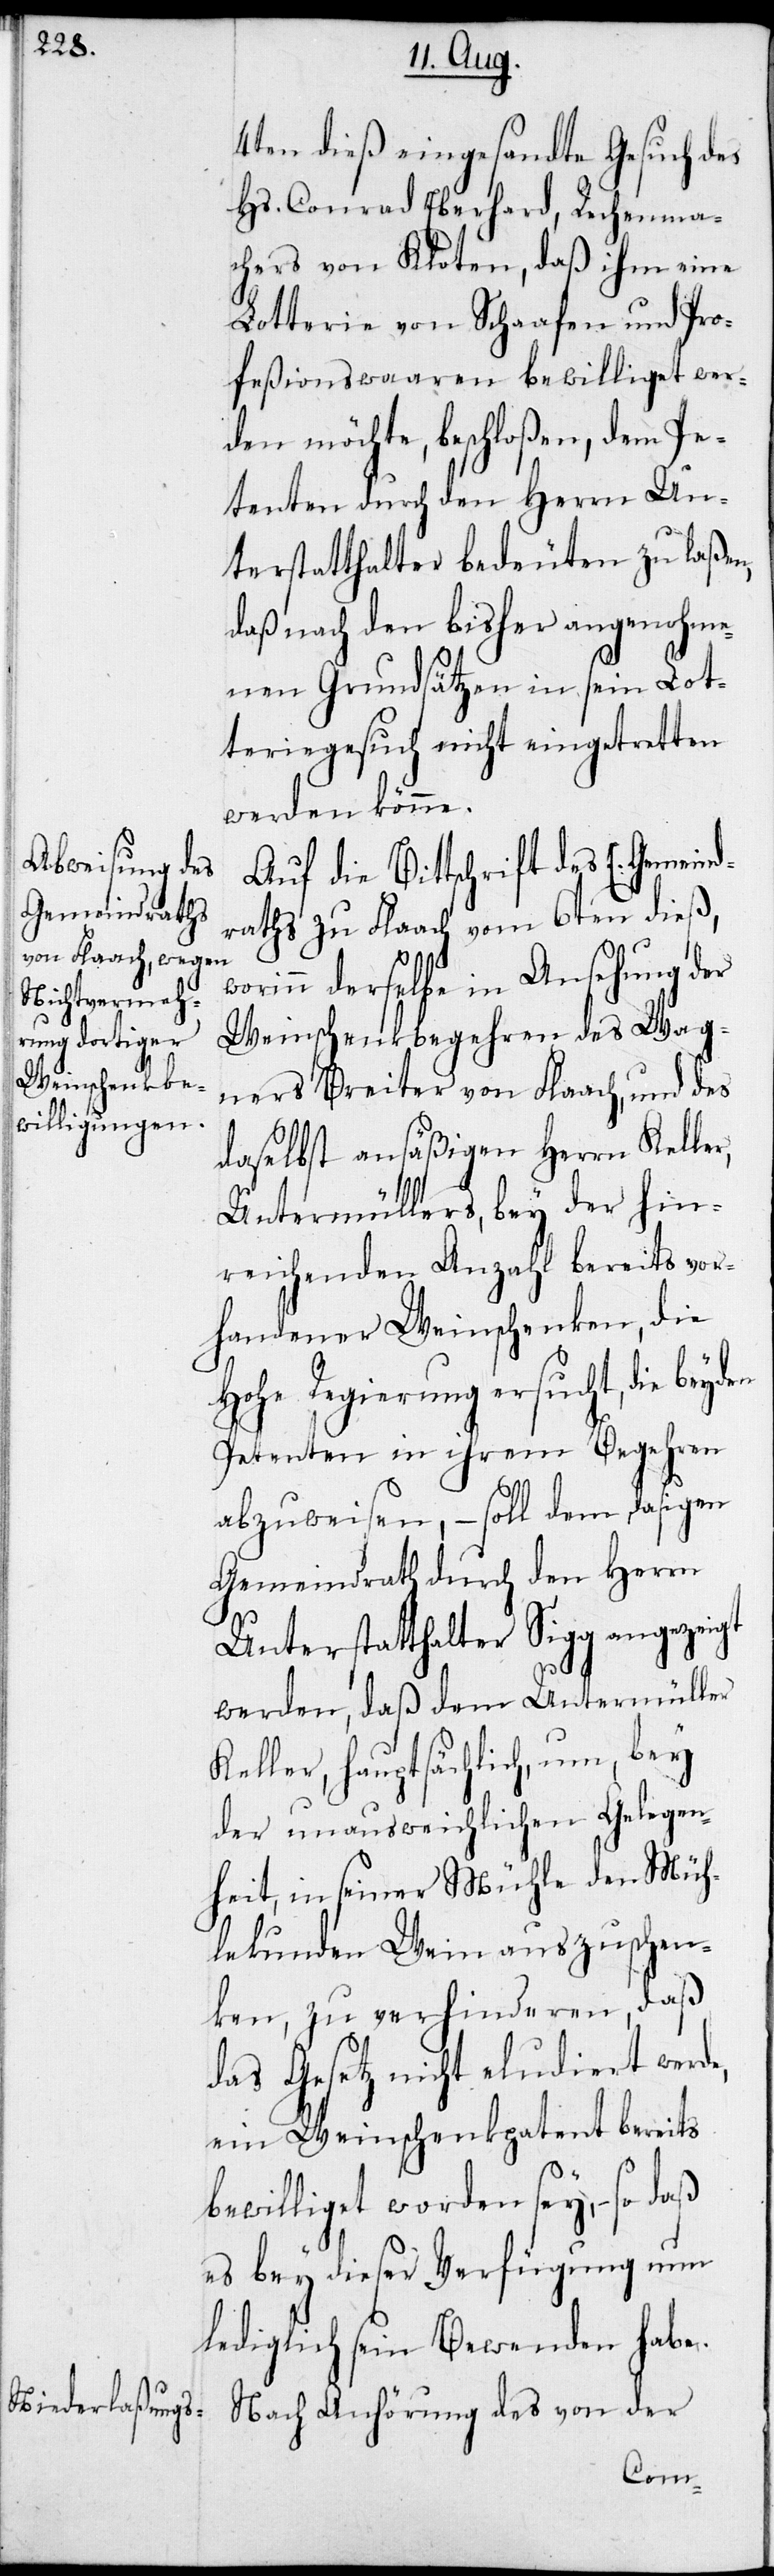
4ten dieß eingesandte Gesuch des
Hs. Conrad Eberhard, Rechenma¬
chers von Kloten, daß ihm eine
Lotterie von Schaafen und Pro¬
feßionswaaren bewilliget wer¬
den möchte, beschloßen, dem Pe¬
tenten durch den Herrn Un¬
terstatthalter bedeuten zu laßen,
daß nach den bisher angenohme¬
nen Grundsätzen in sein Lot¬
teriegesuch nicht eingetretten
werden könne.
Auf die Bittschrift des E. Gemeind¬
raths zu Flaach vom 6ten dieß,
worinn derselbe in Ansehung der
Weinschenkbegehren des Wag¬
ners Breiter von Flaach, und des
daselbst ansäßigen Herrn Keller,
Untermüllers, bey der hin¬
reichenden Anzahl bereits vor¬
handener Weinschenken, die
Hohe Regierung ersucht, die
Petenten in ihrem Begehren
abzuweisen, – soll dem dasigen
Gemeindrath durch den Herrn
Unterstatthalter Sigg angezeigt
werden, daß dem Untermüller
Keller, hauptsächlich, um, bey
der unausweichlichen Gelegen¬
heit, in seiner Mühle den Müh¬
lekunden Wein auszuschen¬
ken, zu verhinderen, daß
das Gesetz nicht eludiert werde,
ein Weinschenkpatent bereits
bewilliget worden sey, – so daß
es bey dieser Verfügung nun
lediglich sein Bewenden habe.
Nach Anhörung des von der